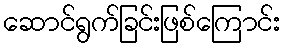
ဆောင်ရွက်ခြင်းဖြစ်ကြောင်း